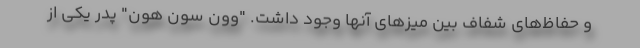
و حفاظ‌های شفاف بین میزهای آنها وجود داشت. "وون سون هون" پدر یکی از